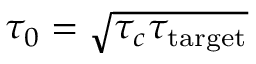
\tau _ { 0 } = \sqrt { \tau _ { c } { \tau } _ { \mathrm { t a r g e t } } }